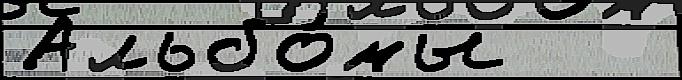
Альбо́мы